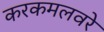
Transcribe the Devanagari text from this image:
करकमलवरे